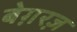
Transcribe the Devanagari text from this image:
बेग़रज़